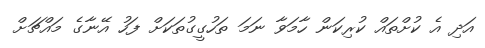
އަދި އެ ކުށްތައް ކުރިކަން ހާމަވާ ނަމަ ތަހުގީގުތަކަށް ފަހު އޭނާގެ މައްޗަށް